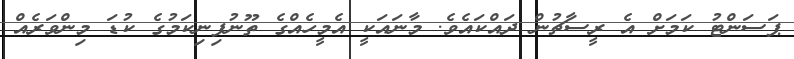
ޕަސަންޓު ކަމަށް އެ ރީސާޗުން ދައްކައެވެ. މާނައަކީ އެމީހެއްގެ ތޫނުފިނިކަމުގެ ކުޑަ މިންވަރެއް